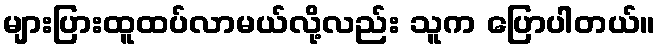
များပြားထူထပ်လာမယ်လို့လည်း သူက ပြောပါတယ်။